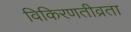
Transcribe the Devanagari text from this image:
विकिरणतीव्रता